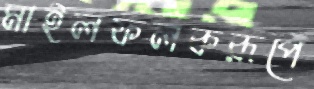
মাইলফলকরূপে